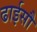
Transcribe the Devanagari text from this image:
ढाईसौ